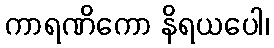
ကာရဏိကော နိရယပေါ၊